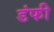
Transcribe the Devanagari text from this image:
डंफी